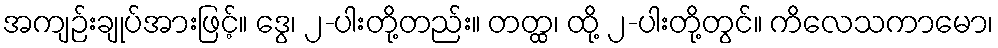
အကျဉ်းချုပ်အားဖြင့်။ ဒွေ၊ ၂-ပါးတို့တည်း။ တတ္ထ၊ ထို့ ၂-ပါးတို့တွင်။ ကိလေသကာမော၊